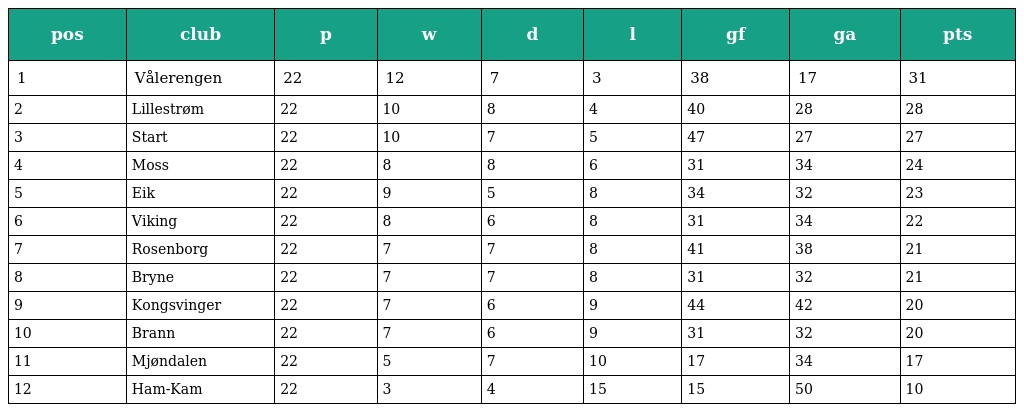
| pos | club | p | w | d | l | gf | ga | pts |
 | --- | --- | --- | --- | --- | --- | --- | --- | --- |
 | 1 | Vålerengen | 22 | 12 | 7 | 3 | 38 | 17 | 31 |
 | 2 | Lillestrøm | 22 | 10 | 8 | 4 | 40 | 28 | 28 |
 | 3 | Start | 22 | 10 | 7 | 5 | 47 | 27 | 27 |
 | 4 | Moss | 22 | 8 | 8 | 6 | 31 | 34 | 24 |
 | 5 | Eik | 22 | 9 | 5 | 8 | 34 | 32 | 23 |
 | 6 | Viking | 22 | 8 | 6 | 8 | 31 | 34 | 22 |
 | 7 | Rosenborg | 22 | 7 | 7 | 8 | 41 | 38 | 21 |
 | 8 | Bryne | 22 | 7 | 7 | 8 | 31 | 32 | 21 |
 | 9 | Kongsvinger | 22 | 7 | 6 | 9 | 44 | 42 | 20 |
 | 10 | Brann | 22 | 7 | 6 | 9 | 31 | 32 | 20 |
 | 11 | Mjøndalen | 22 | 5 | 7 | 10 | 17 | 34 | 17 |
 | 12 | Ham-Kam | 22 | 3 | 4 | 15 | 15 | 50 | 10 |